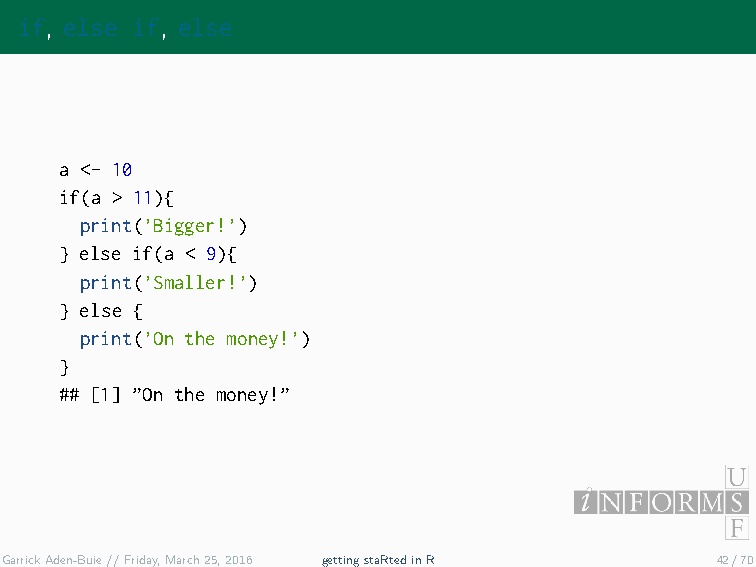
if, else if, else
 a <- 10
 if(a > 11){
 print(’Bigger!’)
 } else if(a < 9){
 print(’Smaller!’)
 } else {
 print(’On the money!’)
 }
 ## [1] ”On the money!”
 GarrickAden-Buie//Friday,March25,2016 gettingstaRtedinR 42/70